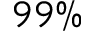
9 9 \%